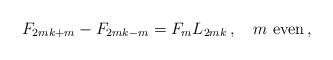
LaTeX: \begin{align*}F_{2mk + m} - F_{2mk - m} = F_m L_{2mk}\,,\quad\mbox{$m$ even}\,, \end{align*}